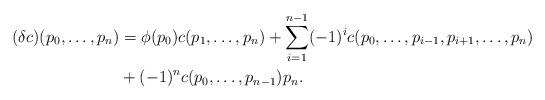
LaTeX: \begin{align*}(\delta c)(p_0, \ldots, p_n)&= \phi(p_0) c(p_1, \ldots, p_n) + \sum_{i = 1}^{n-1} (-1)^i c(p_0, \ldots, p_{i-1}, p_{i+1}, \ldots, p_n) \\&+ (-1)^n c(p_0, \ldots, p_{n-1}) p_n.\end{align*}